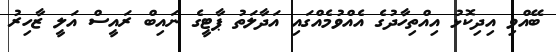
ބޭއްވި އިދިކޮޅު އިއްތިހާދުގެ އެއްވުމެއްގައި އަދާލަތު ޕާޓީގެ ނައިބް ރައީސް އަލީ ޒާހިރު